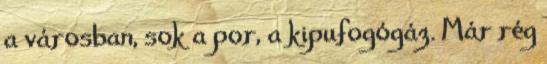
a városban, sok a por, a kipufogógáz. Már rég